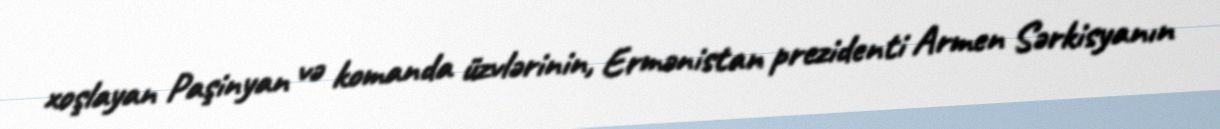
xoşlayan Paşinyan və komanda üzvlərinin, Ermənistan prezidenti Armen Sərkisyanın